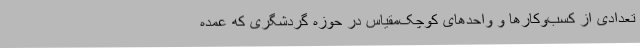
تعدادی از کسب‌وکارها و واحدهای کوچک‌مقیاس در حوزه گردشگری که عمده